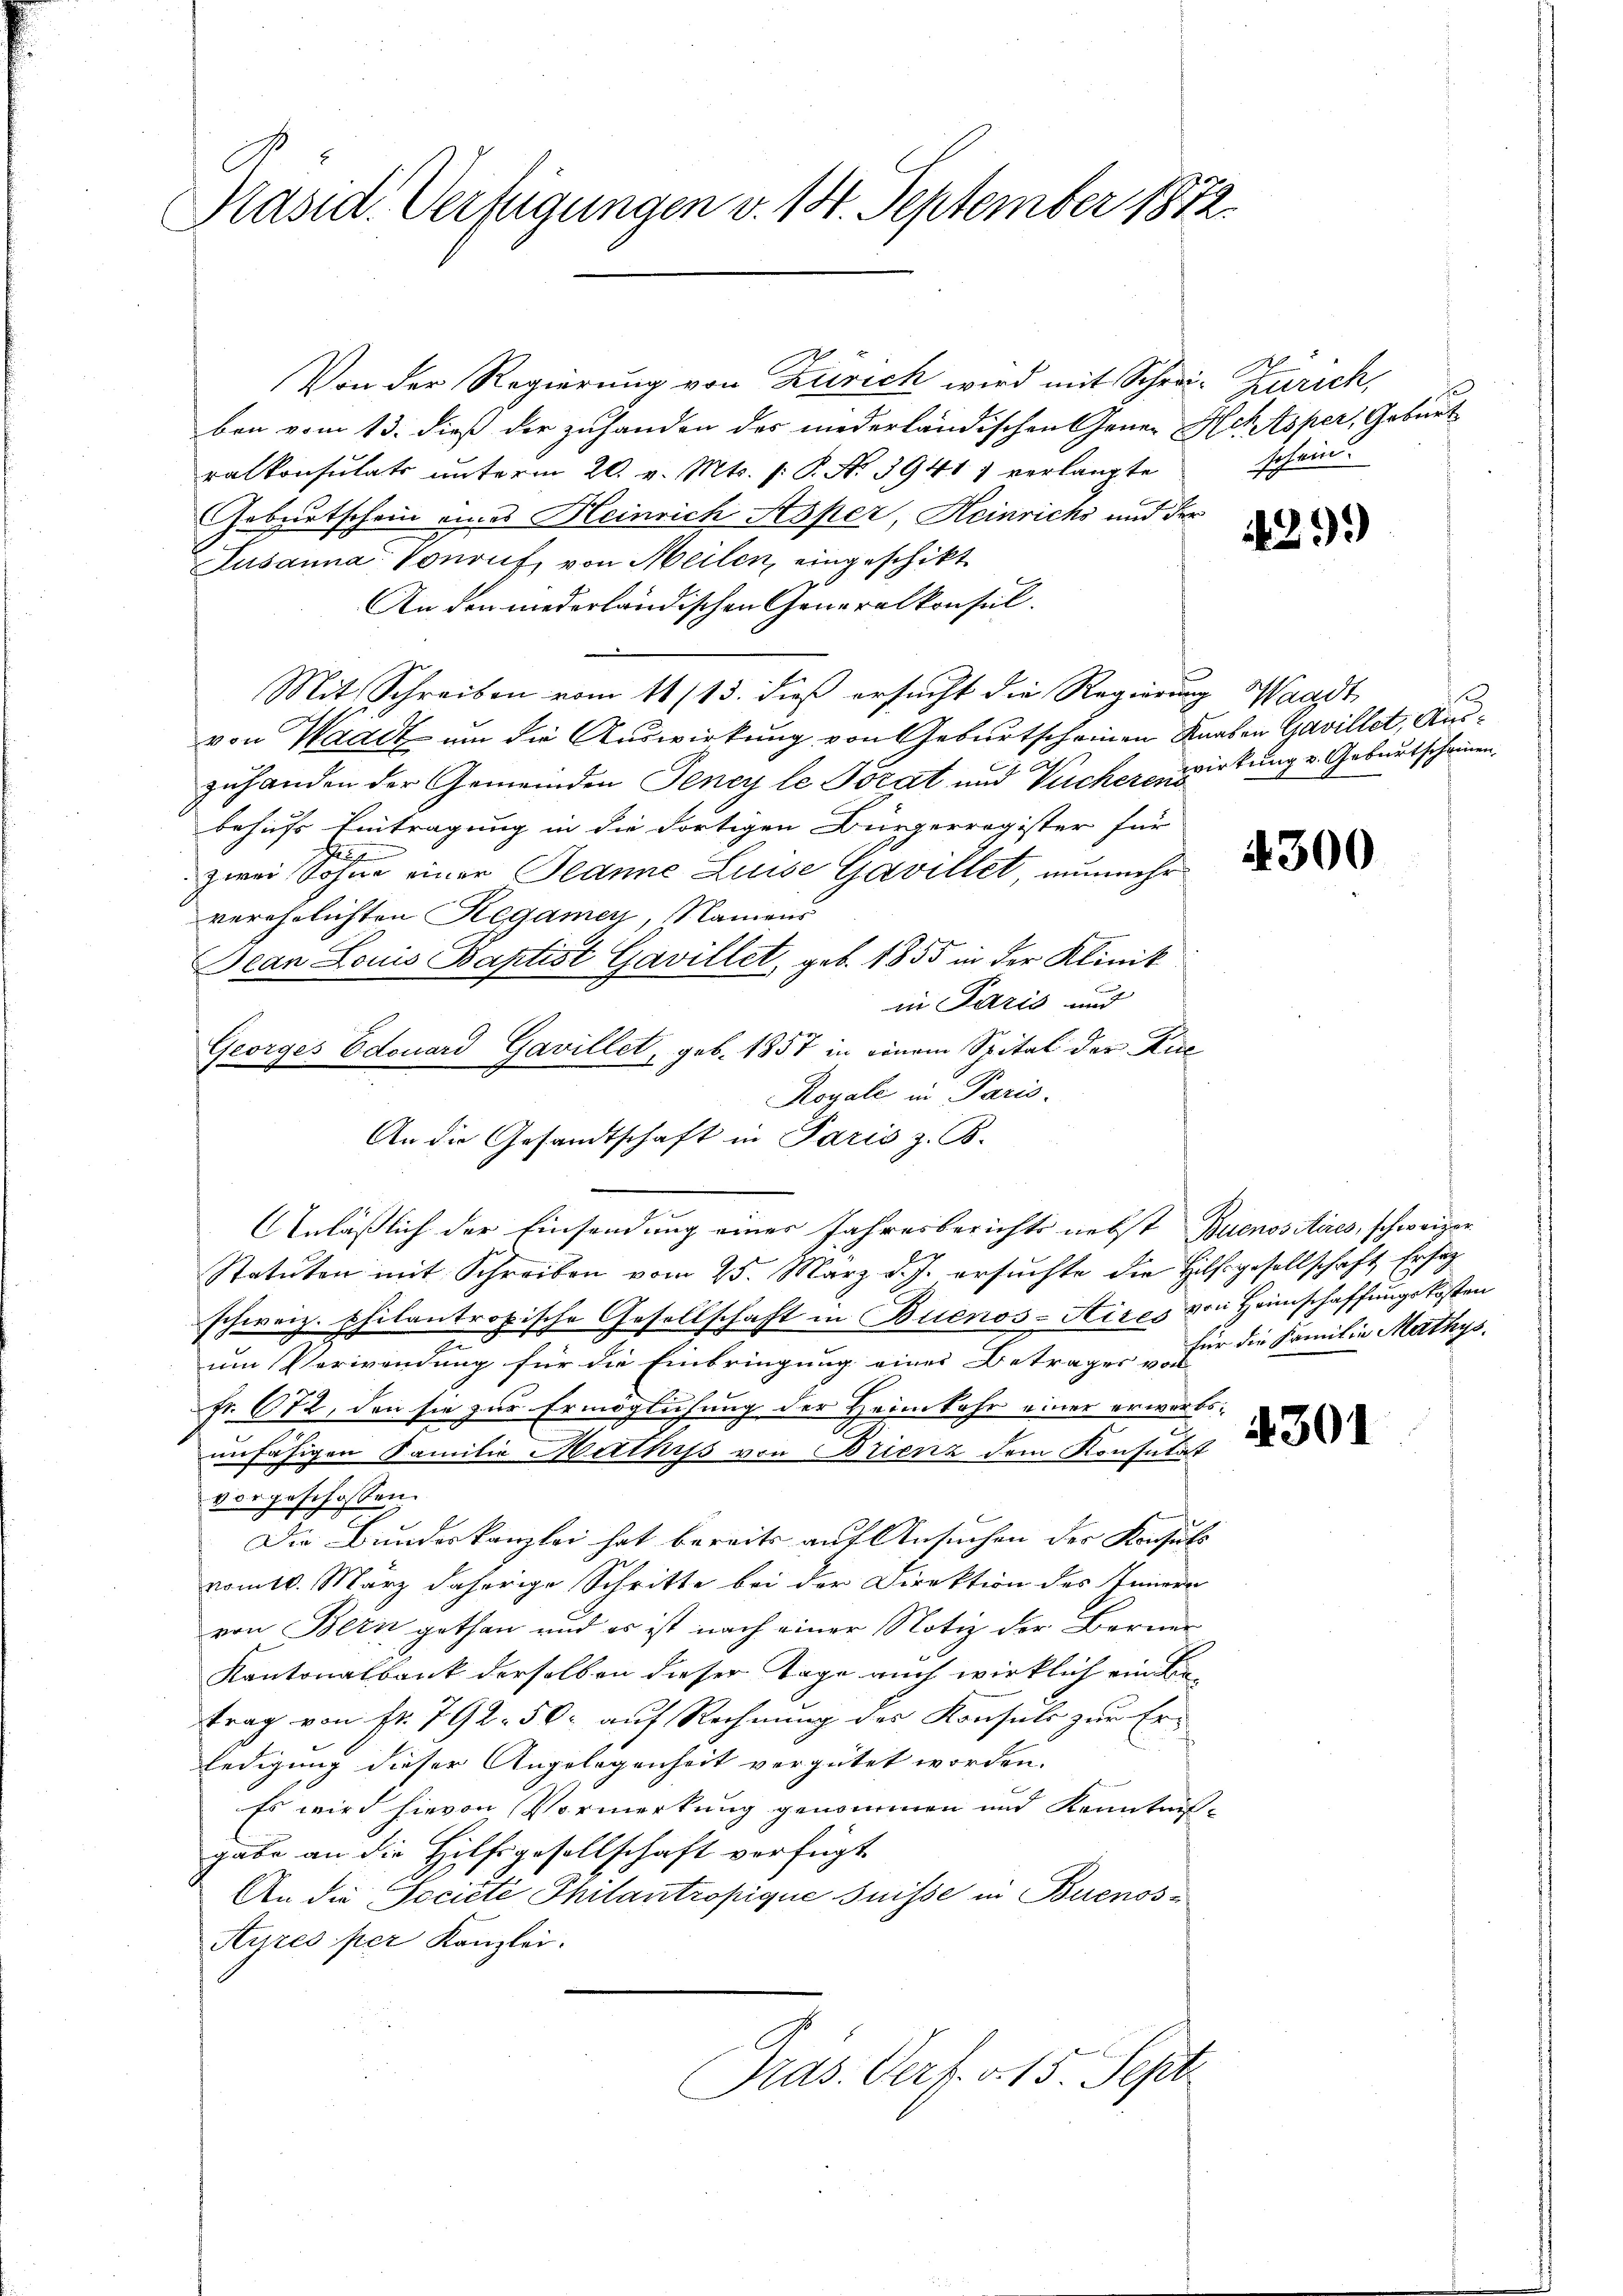
Präsid. Verfügungen v. 14. September 1872.

Von der Regierung von Zürich wird mit Schrei- Zürich,
ben vom 13. dieß der zuhanden der niederländischen Gener Helsper, Gebaut
ralkonsulats unterm 20. v. Mts. (: P. N. 3941) verlangte
Geburtschein eines Heinrich Asper, Heinrichs und der
Lusanna Vonruf, von Meilen, eingeschikt
An den niederländischen Generalkonsul-
Mit Schreiben vom 11/13. dieß ersucht die Regierung Waadt
von Waadt um die Auswirkung von Geburtscheinen Knaben Gavillet, Auszuhanden der Gemeinden Jeney le Torat und Tücherens
behufs Eintragung in die dortigen Bürgerregister für
zwei ohne einer Jeanne Luise Gavillet nunmehr
verehelichten Regamey, Namens
ean Louis Baptist Gavillet, geb. 1855 in der Klinik
in Paris und
Georges Edouard Gavillet, geb. 1857 in einem Spital der Zure
Royale in Paris.
Anläßlich der Einsendung eines Jahresberichts nebst Buenositires, schweizer
Statuten mit Schreiben vom 25. März d. J. ersuchte die Hilfsgesellschaft Ersat
schweiz. Philantropische Gesellschaft in Buenos-Aires von Heimschaffungskosten
n
um Verwendung für die Einbringung eines Betrages für die Familie Mathys.
Fr. 672, den sie zur Ermöglichung der Heimkehr einer erwartsunfähigen Familie Mathiss von Brienz dem Konsulat
vorgeschossen.
Die Bundeskanzlei hat bereits auf Ansuchen der Konsuls
vom 10. März daherige Schritte bei der Direktion des Innern
von Bern gethan und es ist nach einer Notiz der Berner
Kantonalbank derselben dieser Tage auch wirklich ein Be-
trag von fr. 792. 50 auf Rechnung des Konsuls zur Erledigung dieser Angelegenheit vergütet worden.
Es wird hievon Vormerkung genommen und Kenntnis-
gabe an die Hilfsgesellschaft verfügt
An die Societe Philantropique suisse in Buenos¬
Ayres per Kanzlei.
Pras. Verf. v. 15. Sept

An die Gesandtschaft in Paris z. B.

schein.

439.

wirkung v. Geburtscheinen.

4300

4301